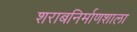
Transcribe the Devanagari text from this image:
शराबनिर्माणशाला